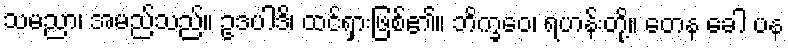
သမညာ၊ အမည်သည်။ ဥဒပါဒိ၊ ထင်ရှားဖြစ်၏။ ဘိက္ခဝေ၊ ရဟန်းတို့။ တေန ခေါ ပန